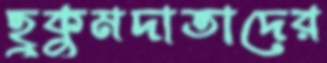
হুকুমদাতাদের